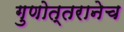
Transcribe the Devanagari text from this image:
गुणोत्तरानेच